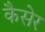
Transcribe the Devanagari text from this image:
कैसेर